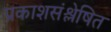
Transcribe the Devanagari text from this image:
प्रकाशसंश्लेषित